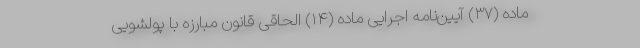
ماده (۳۷) آیین‌نامه اجرایی ماده (۱۴) الحاقی قانون مبارزه با پولشویی